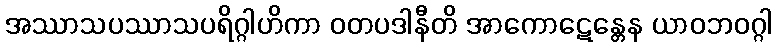
အဿာသပဿာသပရိဂ္ဂါဟိကာ ဝတပဒါနီတိ အာကောဋေန္တေန ယာဝဘဝဂ္ဂါ